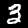
Label: 3